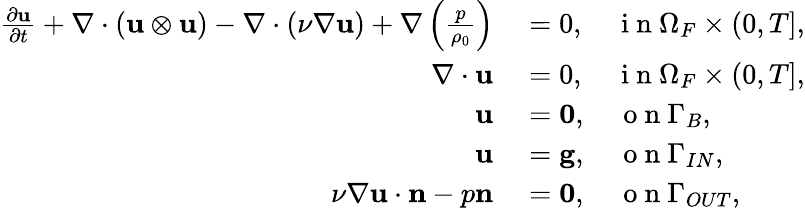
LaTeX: \begin{array}{rl}{\frac{\partial\mathbf{u}}{\partial t}+\nabla\cdot(\mathbf{u}\otimes\mathbf{u})-\nabla\cdot(\nu\nabla\mathbf{u})+\nabla\left(\frac{p}{\rho_{0}}\right)}&{{}=0,\quad\mathrm{~i~n~}\Omega_{F}\times(0,T],}\\ {\nabla\cdot\mathbf{u}}&{{}=0,\quad\mathrm{~i~n~}\Omega_{F}\times(0,T],}\\ {\mathbf{u}}&{{}=\textbf{0},\quad\mathrm{~o~n~}\Gamma_{B},}\\ {\mathbf{u}}&{{}=\mathbf{g},\quad\mathrm{~o~n~}\Gamma_{IN},}\\ {\nu\nabla\mathbf{u}\cdot\mathbf{n}-p\mathbf{n}}&{{}=\textbf{0},\quad\mathrm{~o~n~}\Gamma_{OUT},}\end{array}